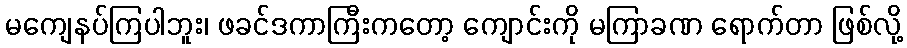
မကျေနပ်ကြပါဘူး၊ ဖခင်ဒကာကြီးကတော့ ကျောင်းကို မကြာခဏ ရောက်တာ ဖြစ်လို့